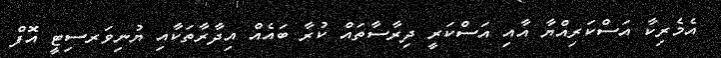
އެމެރިކާ އަސްކަރިއްޔާ އާއި އަސްކަރީ ދިރާސާތައް ކުރާ ބައެއް އިދާރާތަކާއި ޔުނިވަރސިޓީ އޮފް